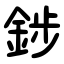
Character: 䤮